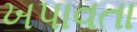
ખપાવતા